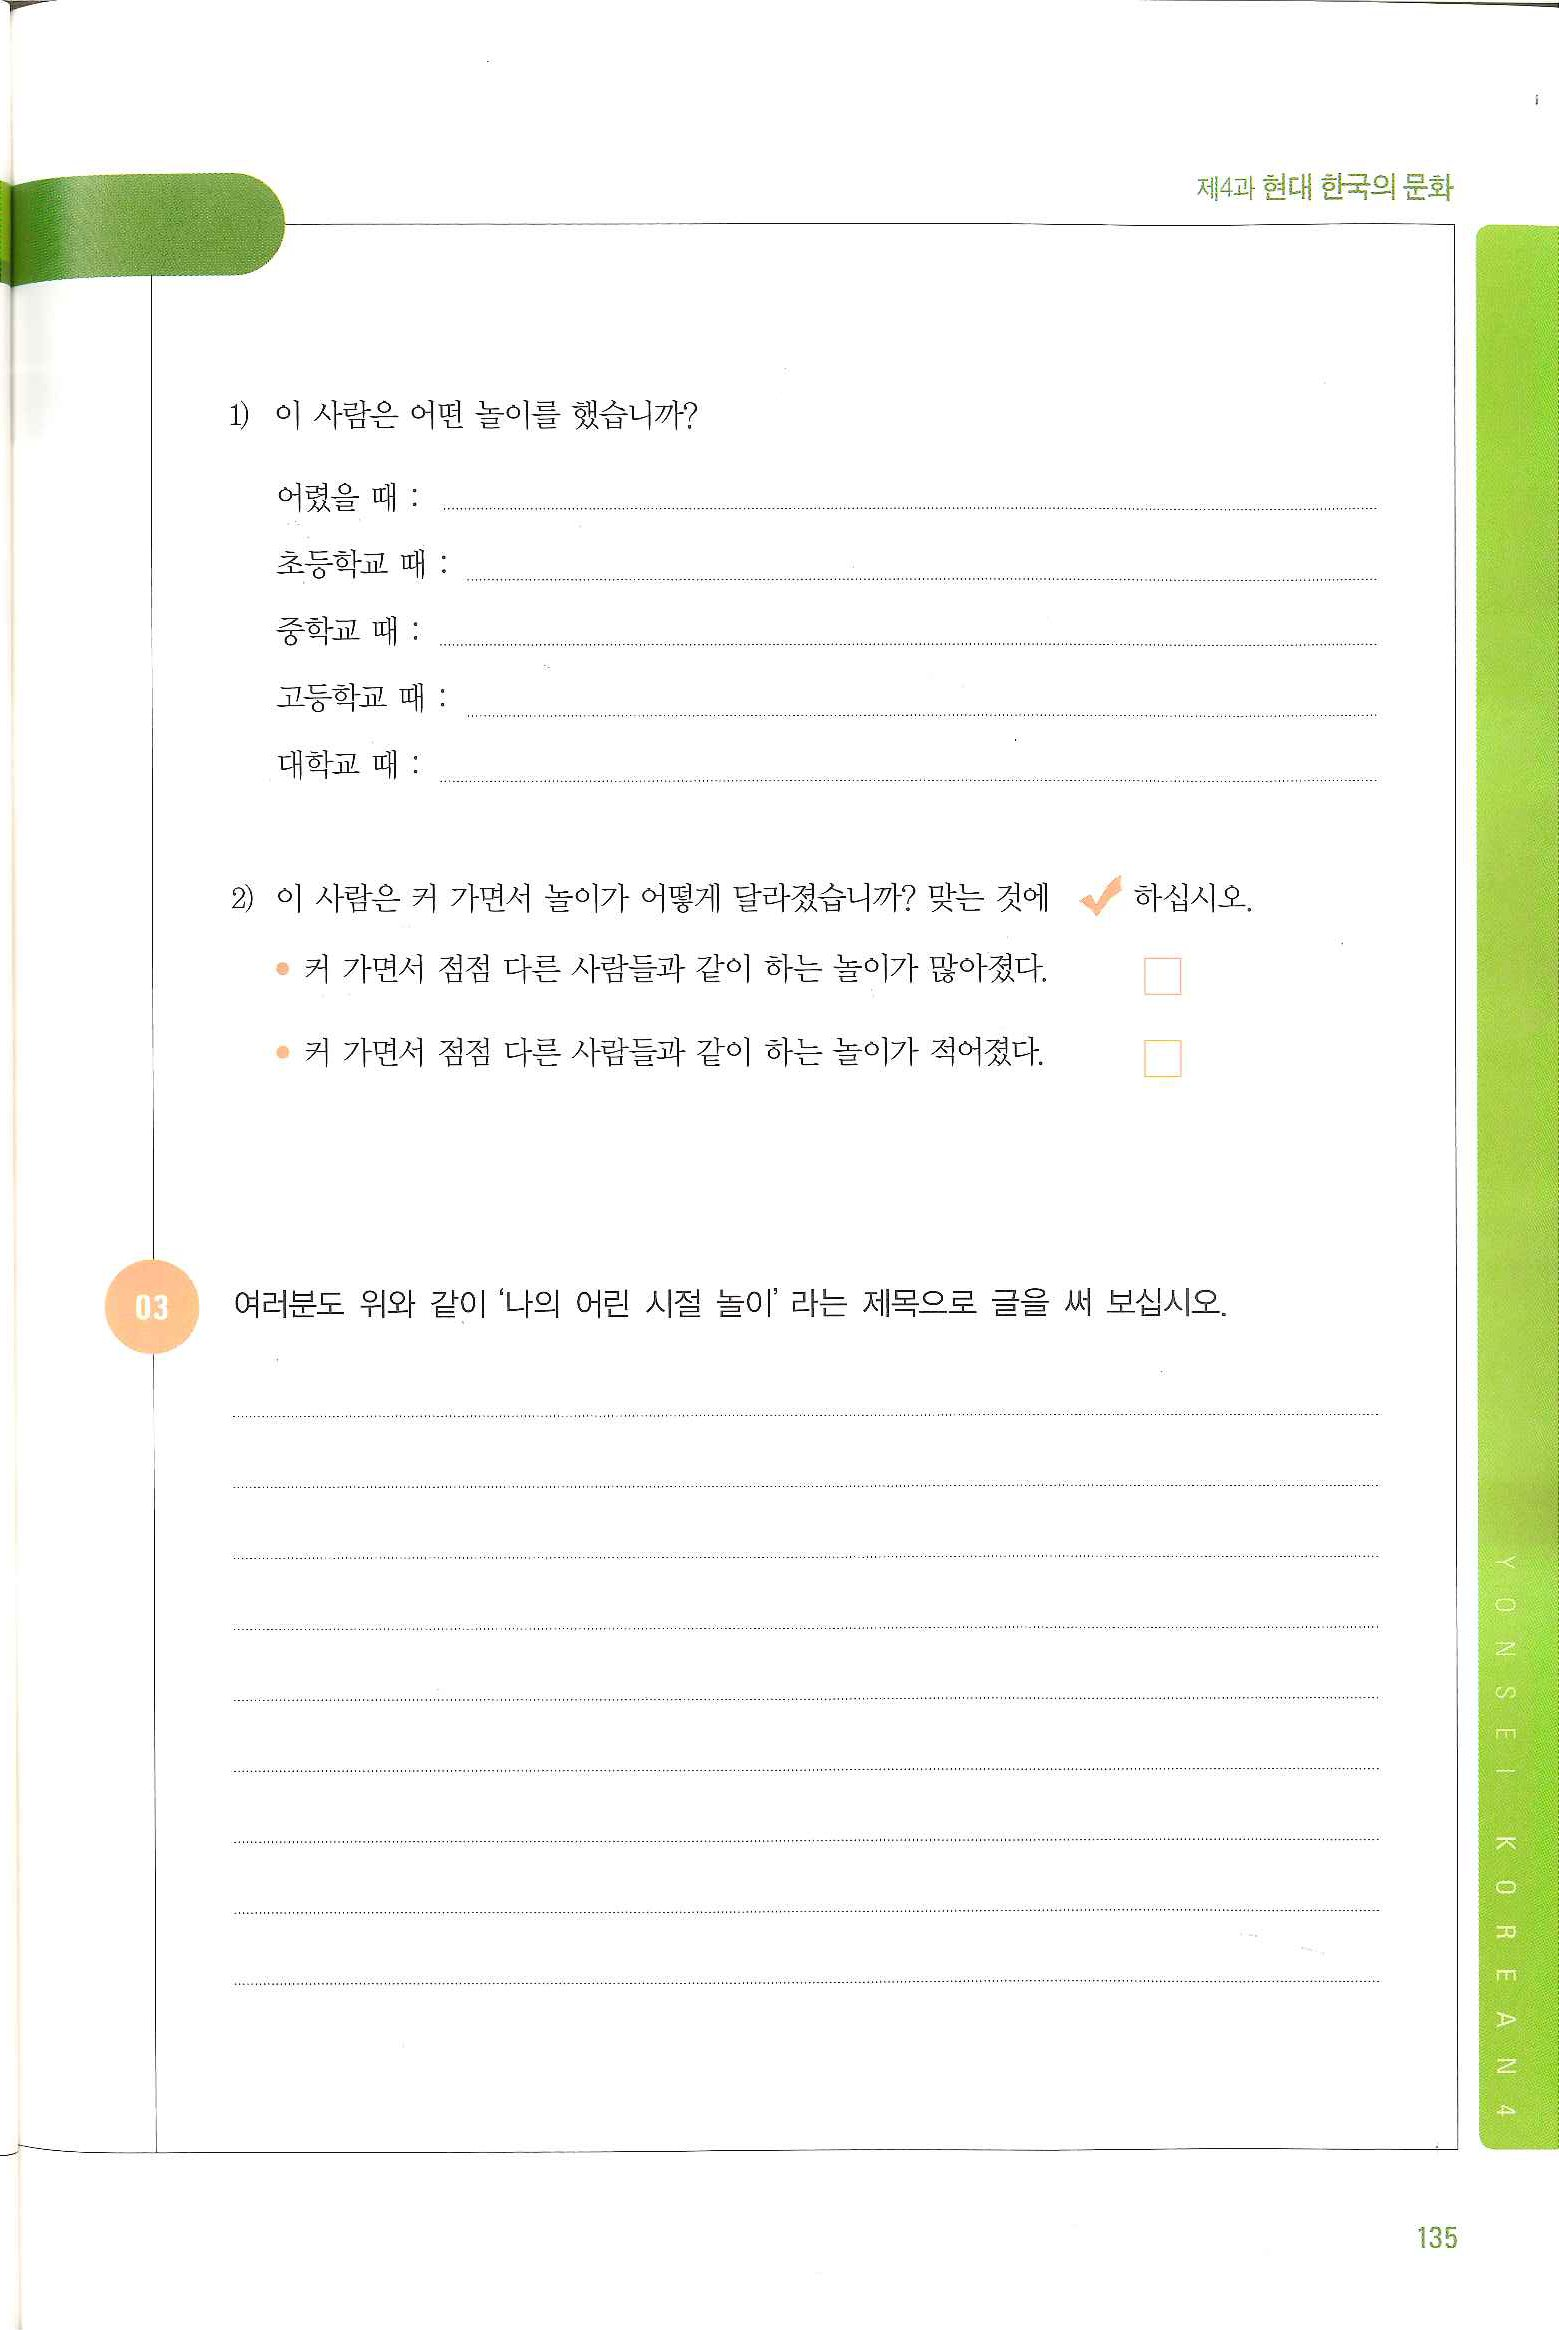
Language: ko